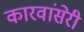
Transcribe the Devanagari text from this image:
कारवांसेरी